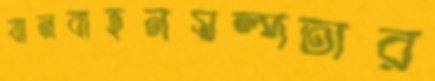
যানবাহনস্বল্পতার